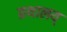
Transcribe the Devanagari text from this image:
ग्रथालय्